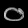
Digit: ၀